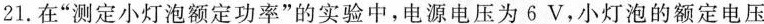
21.在”测定小灯泡额定功率”的实验中，电源电压为6V，小灯泡的额定电压